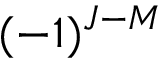
( - 1 ) ^ { J - M }